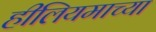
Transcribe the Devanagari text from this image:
हीलियमाच्या